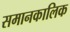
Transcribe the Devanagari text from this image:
समानकालिक